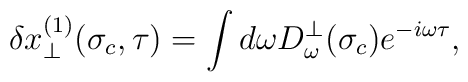
\delta x^{(1)}_\perp(\sigma_c,\tau)=\int d\omega D^\perp_\omega (\sigma_c)e^{-i\omega\tau},